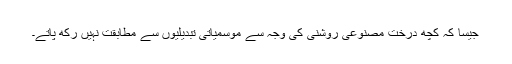
جیسا کہ کچھ درخت مصنوعی روشنی کی وجہ سے موسمیاتی تبدیلیوں سے مطابقت نہیں رکھ پاتے۔